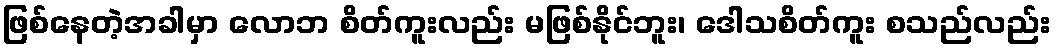
ဖြစ်နေတဲ့အခါမှာ လောဘ စိတ်ကူးလည်း မဖြစ်နိုင်ဘူး၊ ဒေါသစိတ်ကူး စသည်လည်း